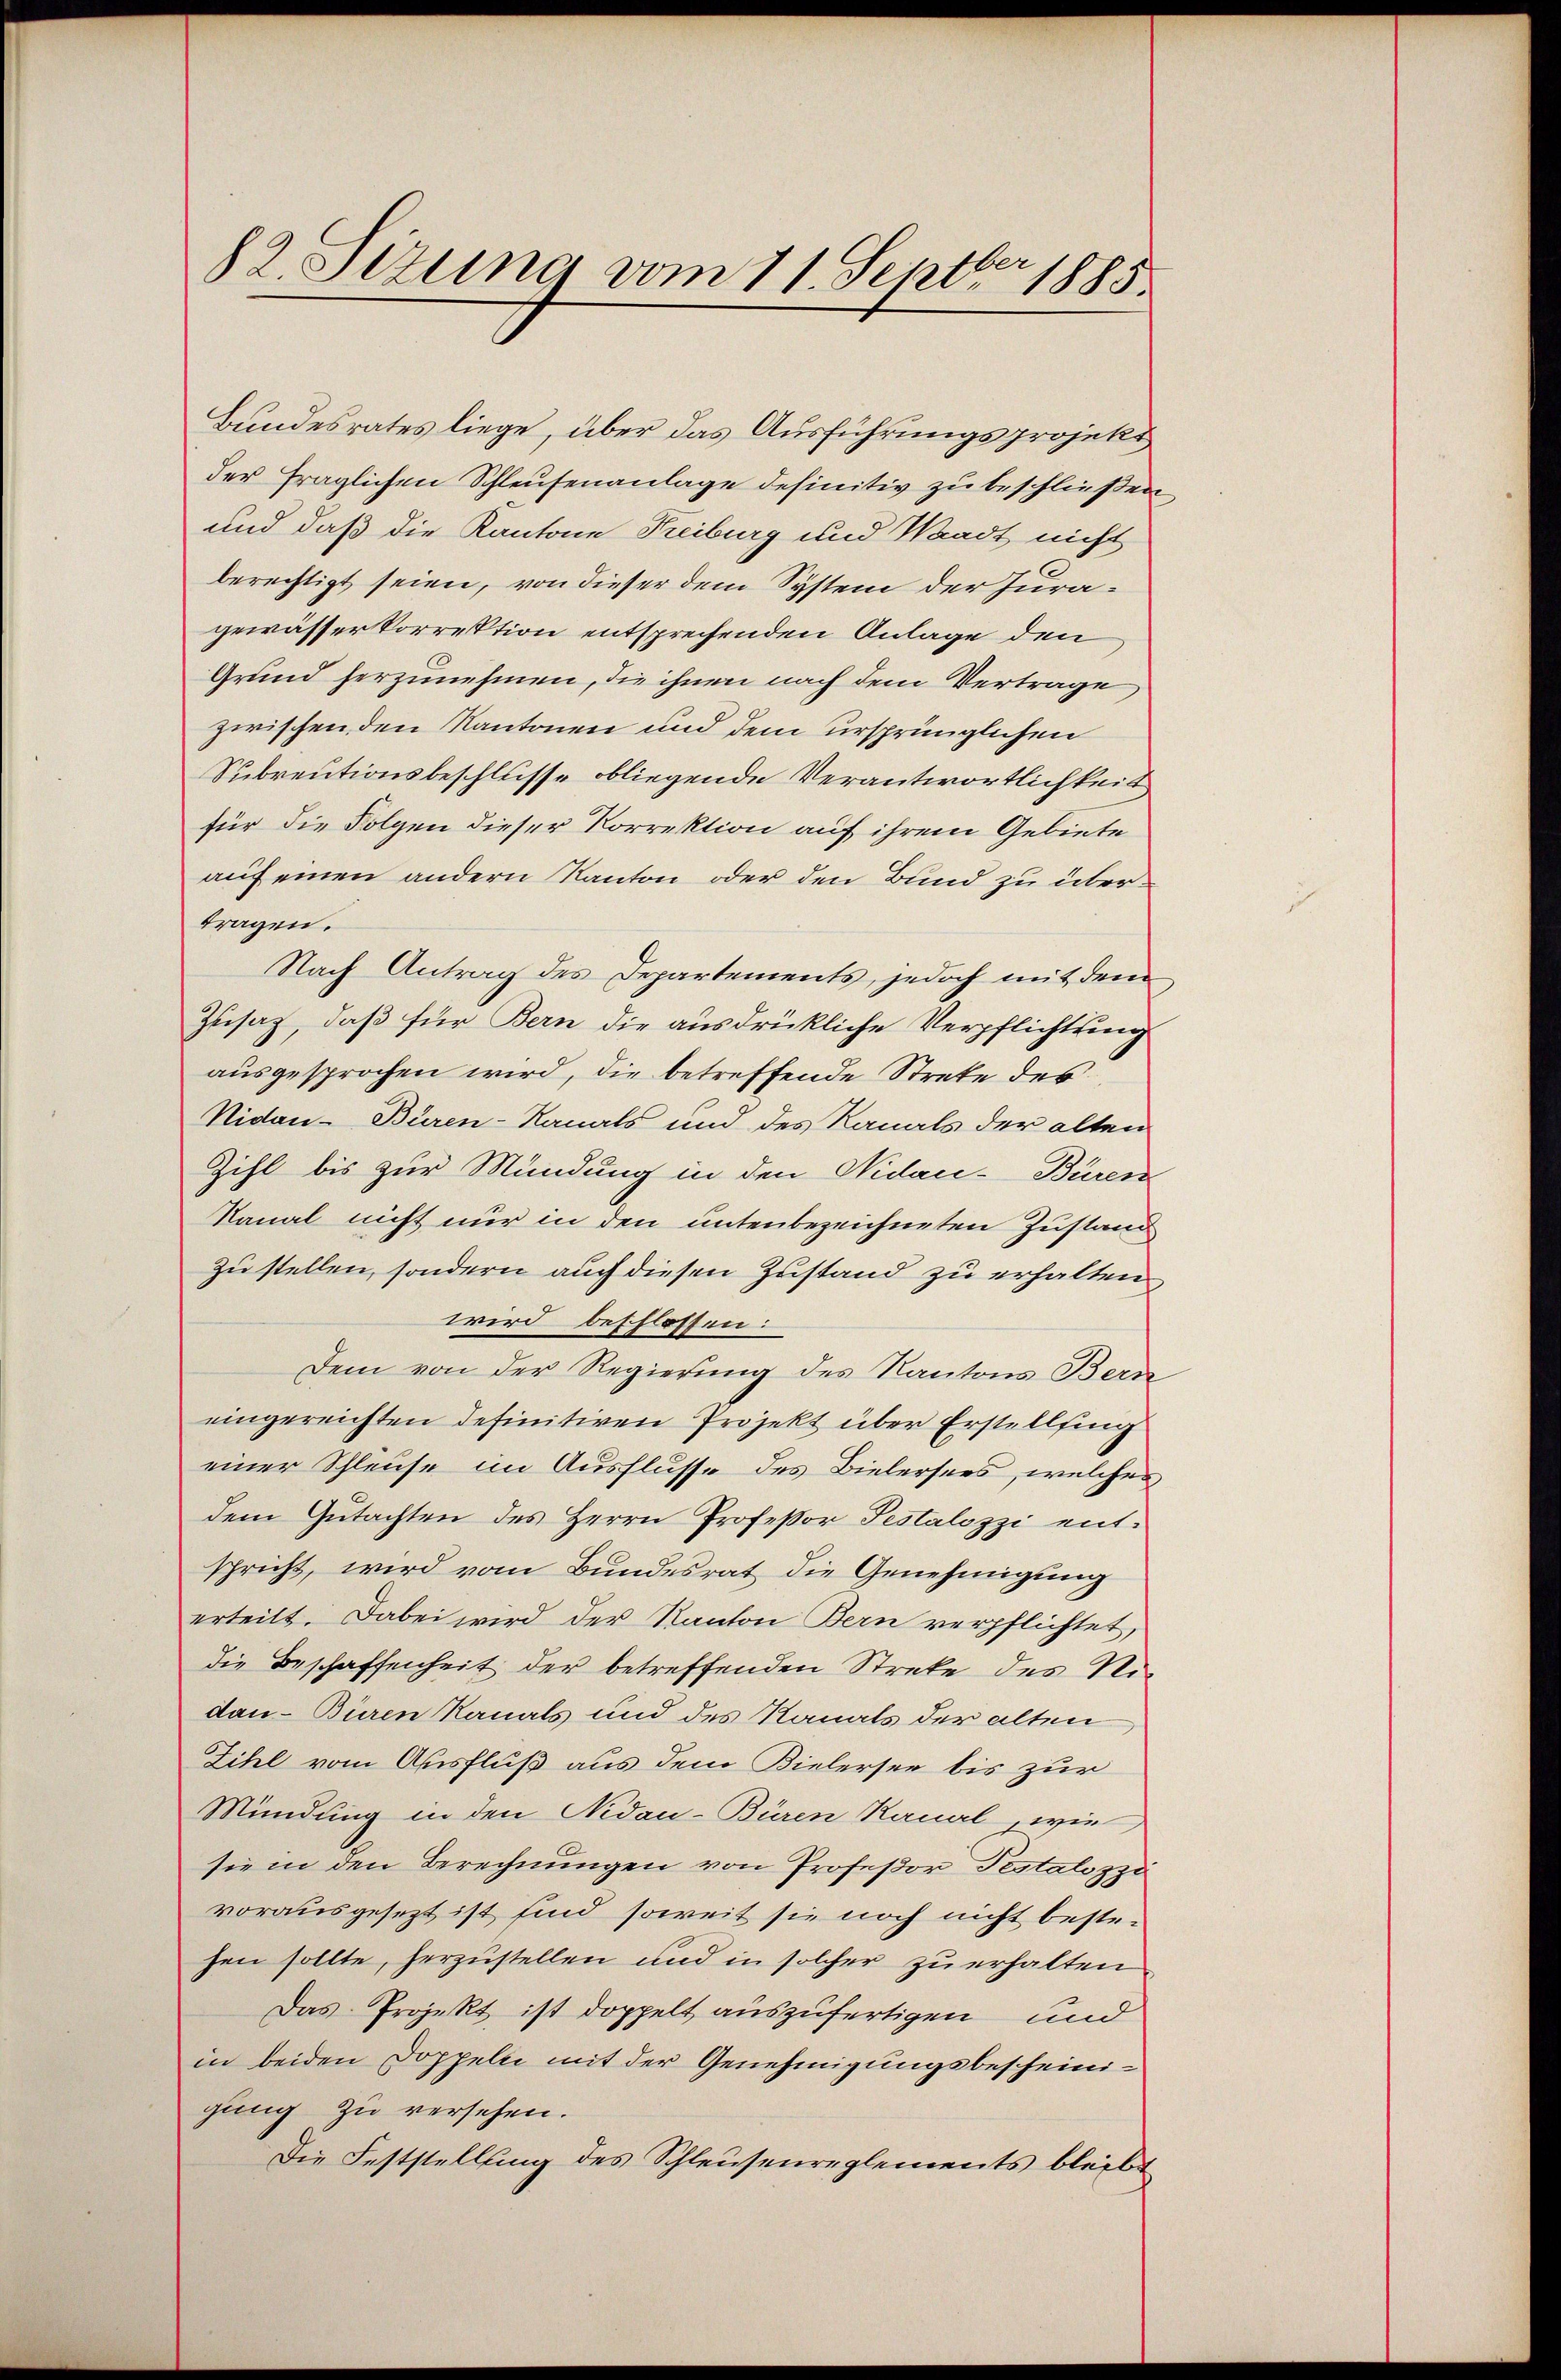
82. Setzung vom 11. Septbr 1885.

Bundesrates liege, über das Ausführungsprojekt
der fraglichen Schleusenanlage definitiv zu beschließen
und daß die Kantone Freiburg und Waadt nicht
berechtigt seien, von dieser dem System der Juragewässer korrektion entsprechenden Anlage den
Grund herzunehmen, die ihnen nach dem Vertrage
zwischen den Kantonen und dem ursprünglichen
Subrentionsbeschlüsse obliegende Verantwortlichkeit
für die Folgen dieser Korrektion auf ihrem Gebiete
auf einen andern Kanton oder den Bund zu übertragen.
Nach Antrag des Departements, jedoch mit dem
Zusatz, daß für Bern die ausdrückliche Verpflichtung
ausgesprochen wird, die betreffende Strete des
Nidau-Büren-Kanals und des Kanals der alten
Zihl bis zur Mündung in den Nidau-Büren
Kanal nicht nur in den untenbezeichneten Zustand
zu stellen, sondern auch diesen Zustand zu erhalten
wird beschlossen:
Dem von der Regierung des Kantons Bern
eingereichten definitiven Projekt über Erstellfing
einer Schleuse im Ausflusse des Bielersees, welches
dem Gutachten des Herrn Professor Pestalozzi entspricht, wird vom Bundesrat die Genehmigung
erteilt. Dabei wird der Kanton Bern verpflichtet,
die Beschaffenheit der betreffenden Streke des Nidau-Büren Kanals und des Kanals der alten
Zihl vom Ausfluß aus dem Bielersee bis zur
Mündung in den Nidau-Büren Kanal, wie
sie in den Berechnungen von Profeßor Testalozzi
vorausgesezt ist sind soweit sie noch nicht bestehen sollte, herzustellen und in solcher zu erhalten
Das Projekt ist doppelt auszufertigen und
in beiden Doppeln mit der Genehmigungsbescheinigung zu versehen.
Die Feststellung des Schleusenreglements bleibt